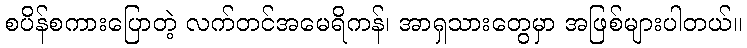
စပိန်စကားပြောတဲ့ လက်တင်အမေရိကန်၊ အာရှသားတွေမှာ အဖြစ်များပါတယ်။